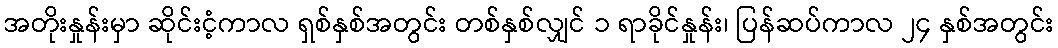
အတိုးနှုန်းမှာ ဆိုင်းငံ့ကာလ ရှစ်နှစ်အတွင်း တစ်နှစ်လျှင် ၁ ရာခိုင်နှုန်း၊ ပြန်ဆပ်ကာလ ၂၄ နှစ်အတွင်း